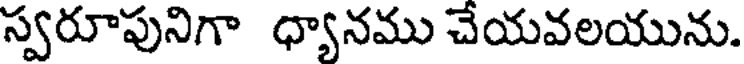
స్వరూపునిగా ధ్యానము చేయవలయును.